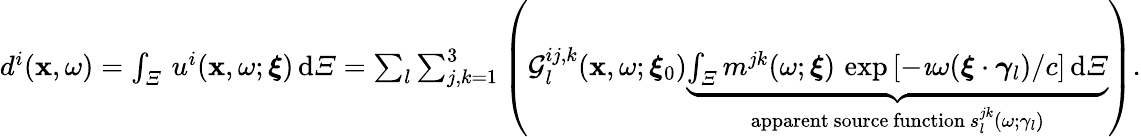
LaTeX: \begin{array}{r}{d^{i}(\mathbf{x},\omega)=\int_{\varXi}\, u^{i}(\mathbf{x},\omega;\boldsymbol{\xi})\, \mathrm{d}\varXi=\sum_{l}\sum_{j,k=1}^{3}\left(\mathcal{G}_{l}^{ij,k}(\mathbf{x},\omega;\boldsymbol{\xi}_{0})\underbrace{\int_{\varXi}m^{jk}(\omega;\boldsymbol{\xi})\, \exp{[-\imath\omega(\boldsymbol{\xi}\cdot\boldsymbol\gamma_{l})/c]}\, \mathrm{d}\varXi}_{\mathrm{apparent~source~function}\, s_{l}^{jk}(\omega;\gamma_{l})}\right).}\end{array}